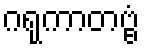
ဂရုကာတဗ္ဗံ